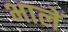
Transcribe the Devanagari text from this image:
भालें